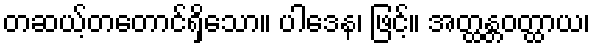
တဆယ့်တတောင်ရှိသော။ ပါဒေန၊ ဖြင့်။ အတ္ထန္တဝတ္ထာယ၊